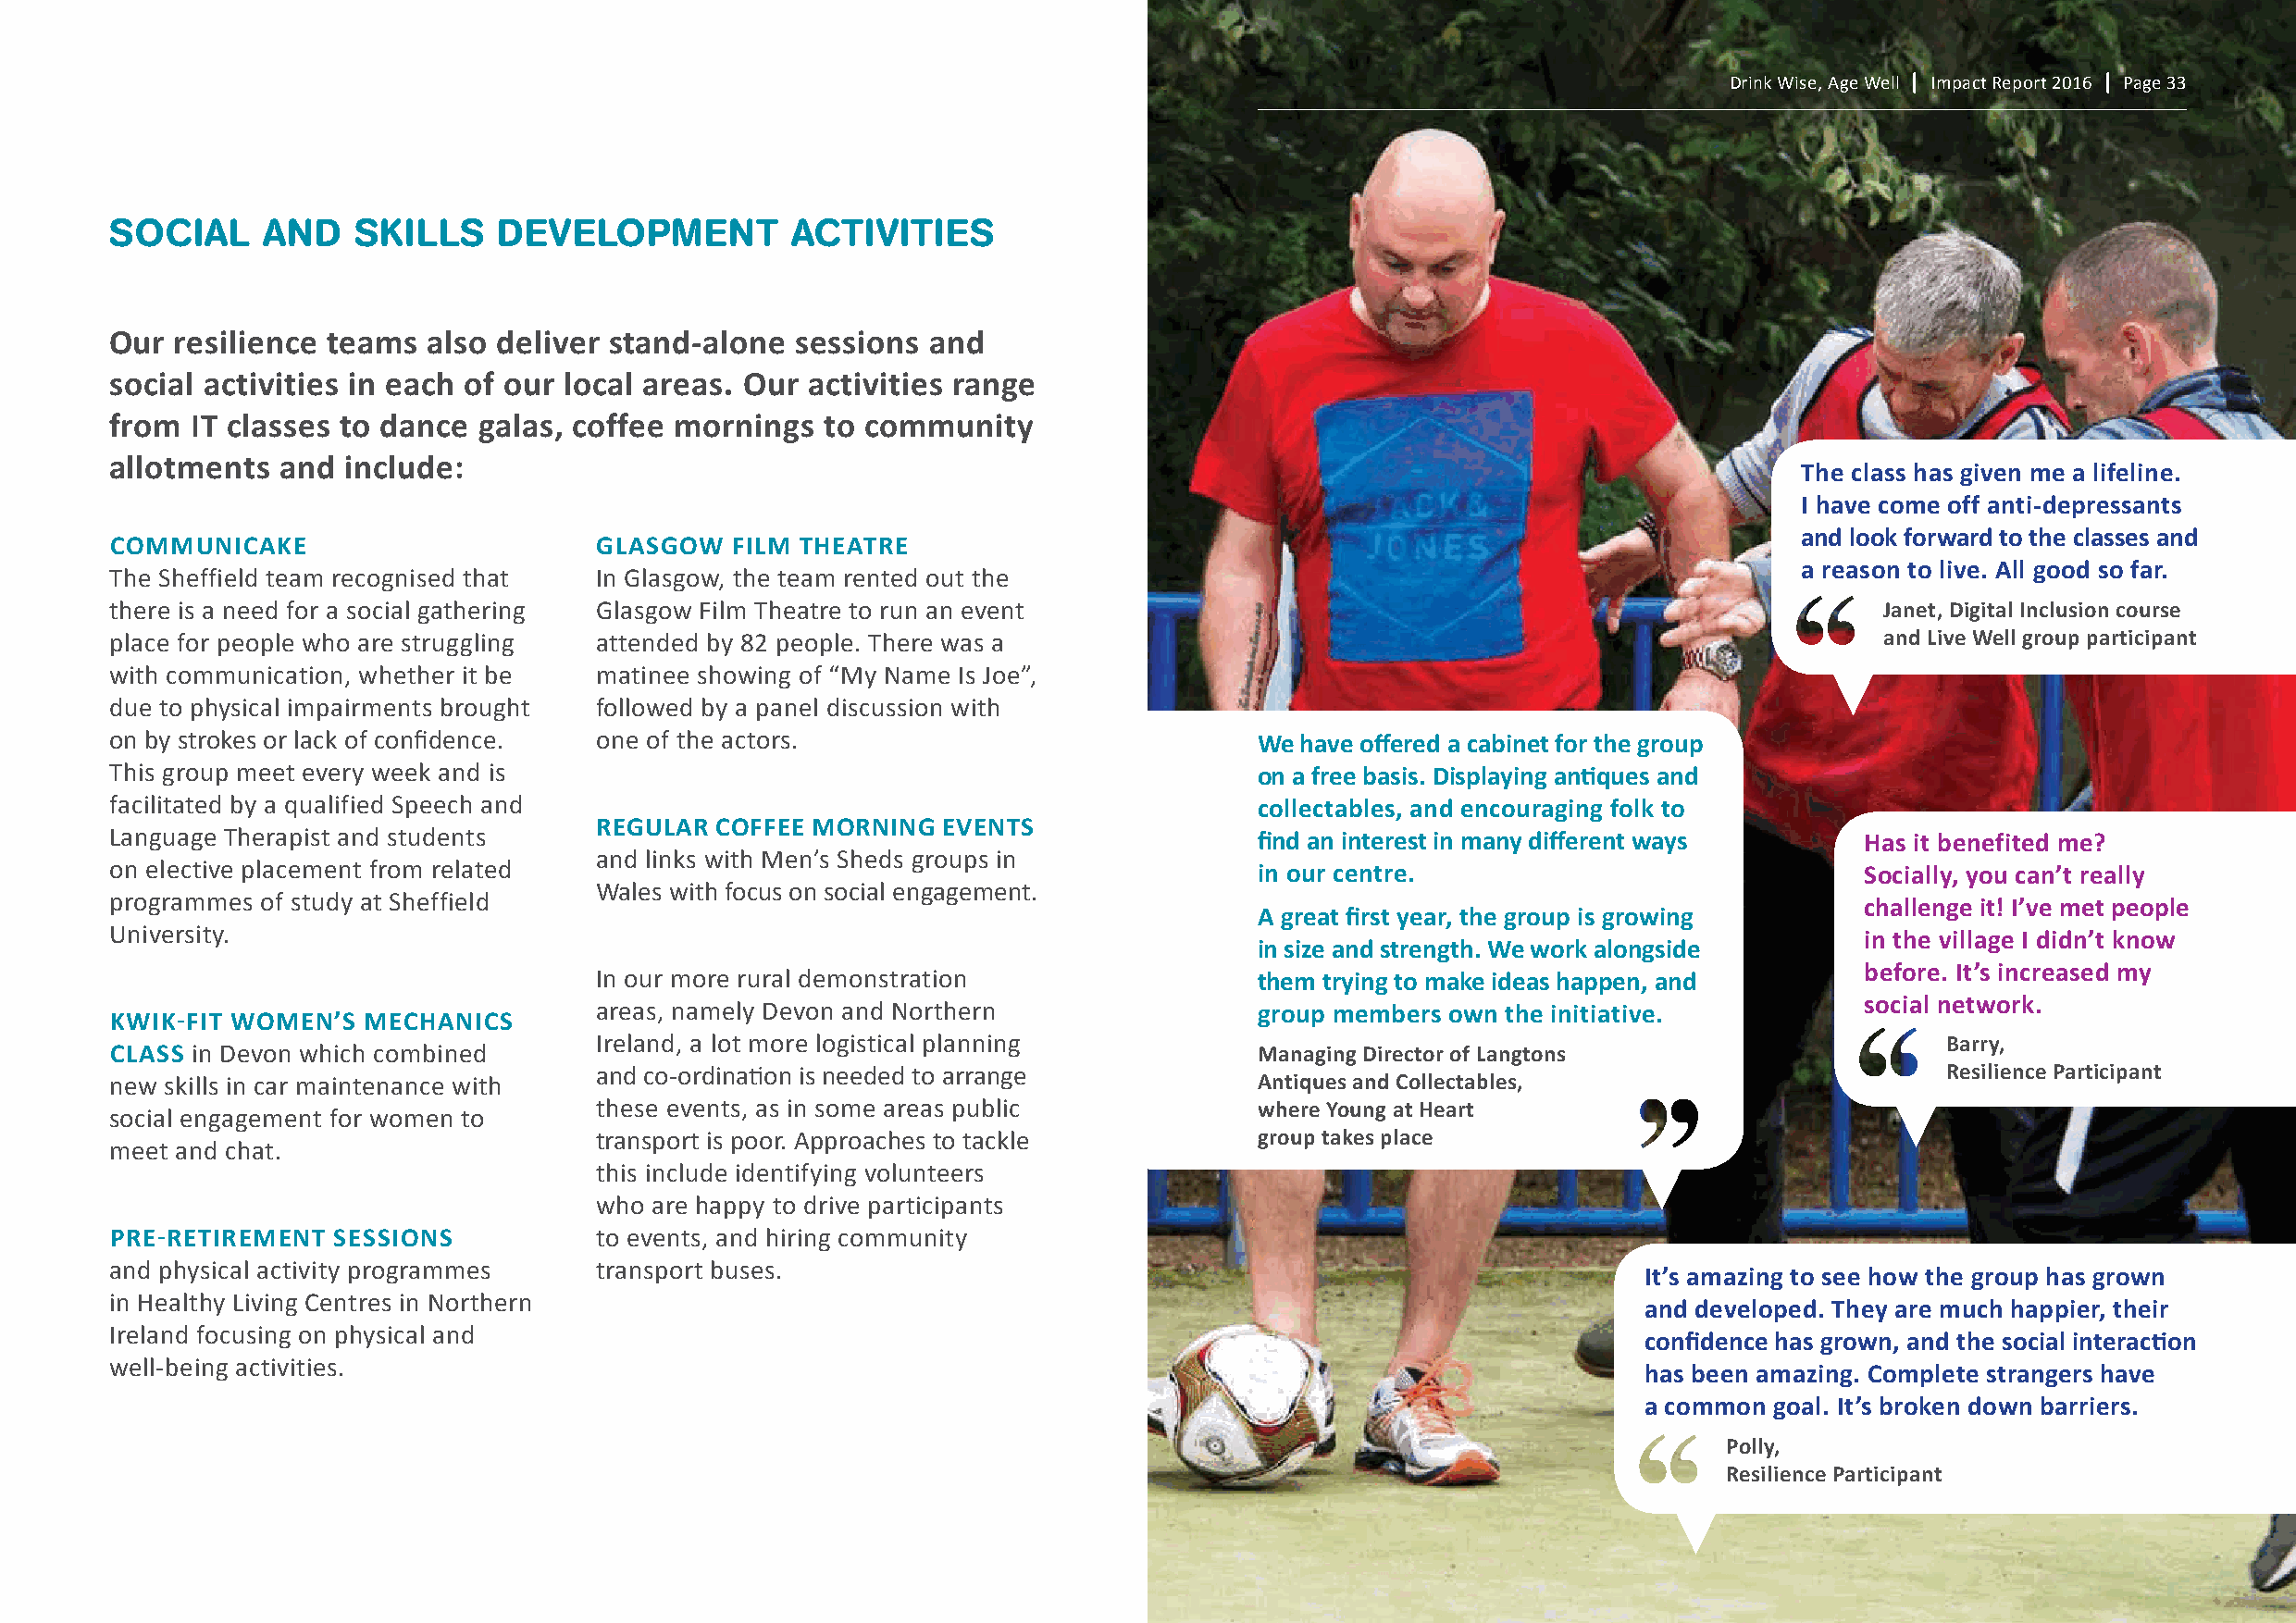
Drink Wise, Age Well | Impact Report 2016 | Page 33
 soCIAL     AnD   sKILLs    DeVeLoPMenT          ACTIVITIes
 Our resilience teams   also deliver stand-alone  sessions and
 social activities in each of our local areas. Our activities range
 from  It classes to dance galas, coffee mornings   to community
 allotments  and  include:
 the class has given me a lifeline.
 I have come off anti-depressants
 and look forward to the classes and
 cOMMUnIcaKe                        glasgOw  FIlM theatre
 a reason to live. all good so far.
 The Sheffield team recognised that In Glasgow, the team rented out the
 there is a need for a social gathering Glasgow Film Theatre to run an event                                                    Janet, digital Inclusion course
 place for people who are struggling attended by 82 people. There was a                                                         and live well group participant
 with communication, whether it be  matinee showing of “My Name Is Joe”,
 due to physical impairments brought followed by a panel discussion with
 on by strokes or lack of confidence. one of the actors.                           we have offered a cabinet for the group
 This group meet every week and is                                                 on a free basis. displaying antiques and
 facilitated by a qualified Speech and                                             collectables, and encouraging folk to
 regUlar cOFFee MOrnIng  events
 Language Therapist and students                                                   find an interest in many different ways    has it benefited me?
 and links with Men’s Sheds groups in
 on elective placement from related                                                in our centre.                             socially, you can’t really
 Wales with focus on social engagement.
 programmes of study at Sheffield                                                                                             challenge it! I’ve met people
 a great first year, the group is growing
 University.                                                                                                                  in the village I didn’t know
 in size and strength. we work alongside
 before. It’s increased my
 In our more rural demonstration                them trying to make ideas happen, and
 social network.
 areas, namely Devon and Northern               group members own the initiative.
 KwIK-FIt wOMen’s  MechanIcs
 Ireland, a lot more logistical planning                                                         Barry,
 class in Devon which combined                                                     Managing director of langtons
 and co-ordination is needed to arrange                                                          resilience participant
 new skills in car maintenance with                                                antiques and collectables,
 these events, as in some areas public          where young at heart
 social engagement for women to
 transport is poor. Approaches to tackle        group takes place
 meet and chat.
 this include identifying volunteers
 who are happy to drive participants
 pre-retIreMent sessIOns            to events, and hiring community
 and physical activity programmes   transport buses.
 It’s amazing to see how the group has grown
 in Healthy Living Centres in Northern
 and developed. they are much happier, their
 Ireland focusing on physical and
 confidence has grown, and the social interaction
 well-being activities.
 has been amazing. complete strangers have
 a common goal. It’s broken down barriers.
 polly,
 resilience participant